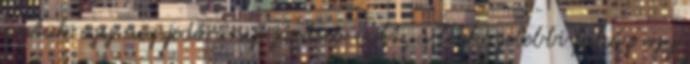
patak egy negyedórányi járásra volt, a legközelebbi faház egy